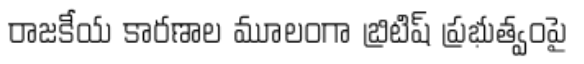
రాజకీయ కారణాల మూలంగా బ్రిటిష్ ప్రభుత్వంపై